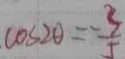
\cos 2 \theta = \frac { 3 } { 5 }